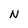
Character: N